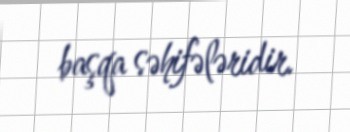
başqa səhifələridir.